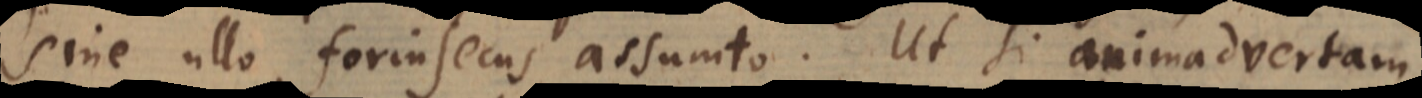
sine ullo forinsecus assumto. Ut si animadvertam